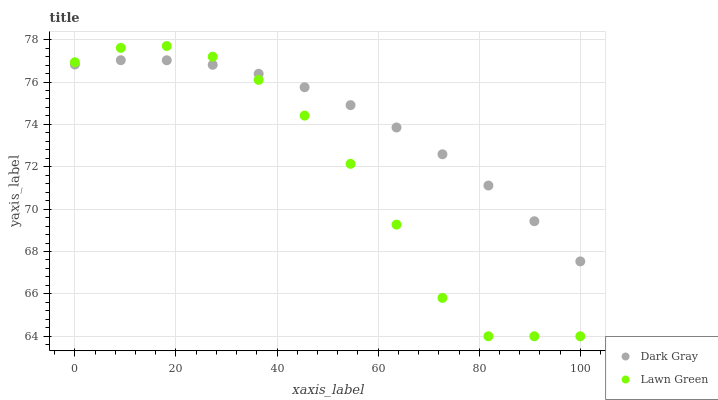
| xaxis_label | Dark Gray | Lawn Green |
 | --- | --- | --- |
 | 0 | 76.8 | 76.9 |
 | 9.09 | 77 | 77.6 |
 | 18.2 | 77 | 77.7 |
 | 27.3 | 76.8 | 77.2 |
 | 36.4 | 76.4 | 76.1 |
 | 45.5 | 75.8 | 74.4 |
 | 54.5 | 74.9 | 72.1 |
 | 63.6 | 73.9 | 69.3 |
 | 72.7 | 72.6 | 65.8 |
 | 81.8 | 71.1 | 64 |
 | 90.9 | 69.4 | 64 |
 | 100 | 67.5 | 64 |